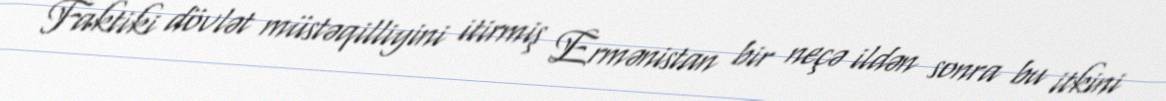
Faktiki dövlət müstəqilliyini itirmiş Ermənistan bir neçə ildən sonra bu itkini